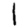
Digit: 1